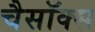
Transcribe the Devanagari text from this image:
चैसॉक्स